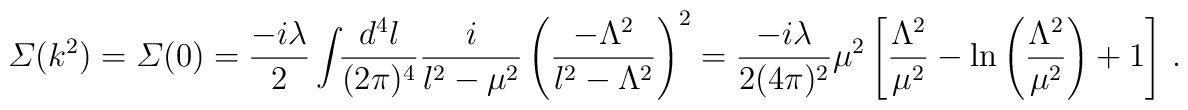
{\mit \Sigma}(k^{2})={\mit \Sigma}(0)	={-i\lambda\over2}\int\!\!{d^{4}l\over(2\pi)^{4}}	{i\over l^{2}-\mu^{2}}	\left(-\Lambda^{2}\over l^{2}-\Lambda^{2}\right)^{2}	={-i\lambda\over2(4\pi)^{2}}\mu^{2}	\left[{\Lambda^{2}\over\mu^{2}}	-{\rm ln}\left({\Lambda^{2}\over\mu^{2}}\right)+1\right]\,.